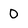
Character: 0